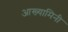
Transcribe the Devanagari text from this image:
आख्यामिनी